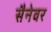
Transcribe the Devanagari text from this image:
सैनेवर